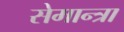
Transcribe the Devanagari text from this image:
सेमान्त्रा